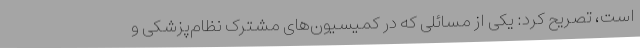
است، تصریح کرد: یکی از مسائلی که در کمیسیون‌های مشترک نظام‌پزشکی و